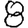
Digit: 8